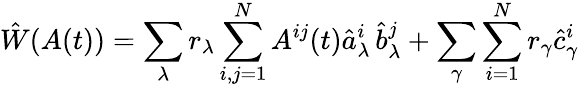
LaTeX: \hat{W}(A(t))=\sum_{\lambda}r_{\lambda}\sum_{i,j=1}^{N}A^{ij}(t)\hat{a}_{\lambda}^{i}\, \hat{b}_{\lambda}^{j}+\sum_{\gamma}\sum_{i=1}^{N}r_{\gamma}\hat{c}_{\gamma}^{i}